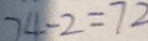
7 4 - 2 = 7 2